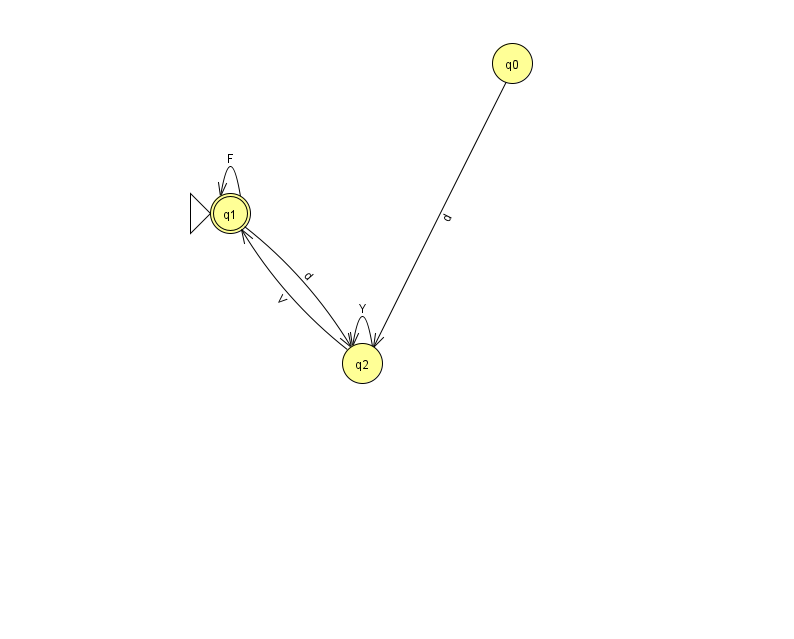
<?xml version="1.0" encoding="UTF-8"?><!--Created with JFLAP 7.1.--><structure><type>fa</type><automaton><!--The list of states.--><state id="0" name="q0"><x>512.0</x><y>50.0</y></state><state id="1" name="q1"><x>230.0</x><y>200.0</y><initial/><final/></state><state id="2" name="q2"><x>362.0</x><y>350.0</y></state><!--The list of transitions.--><transition><from>0</from><to>2</to><read>d</read></transition><transition><from>1</from><to>1</to><read>F</read></transition><transition><from>2</from><to>1</to><read>V</read></transition><transition><from>2</from><to>2</to><read>Y</read></transition><transition><from>1</from><to>2</to><read>d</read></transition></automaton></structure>